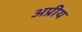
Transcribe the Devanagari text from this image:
अप्रीय